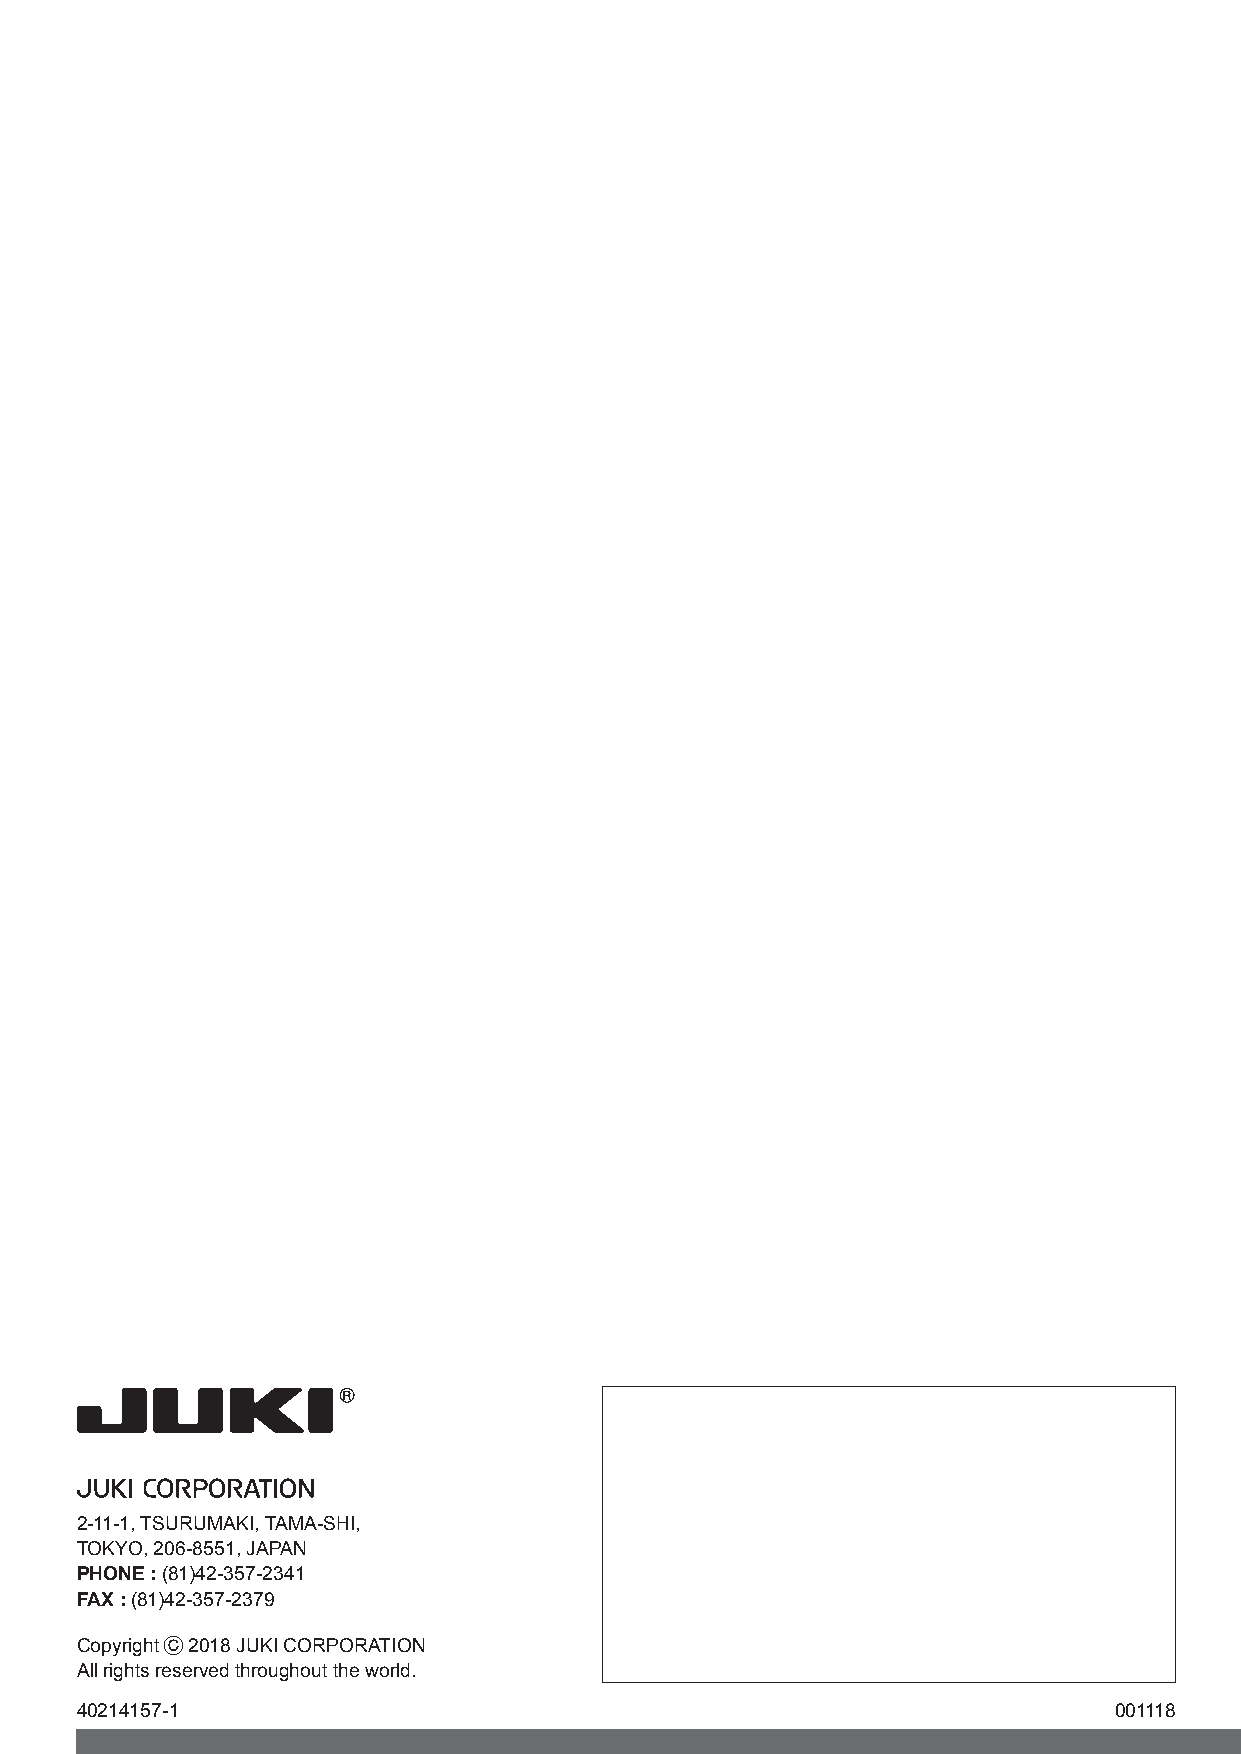
2-11-1, TSURUMAKI, TAMA-SHI,
 TOKYO, 206-8551, JAPAN
 PHONE : (81)42-357-2341
 FAX : (81)42-357-2379
 Copyright C 2018 JUKI CORPORATION
 All rights reserved throughout the world.
 40214157-1                                                           001118